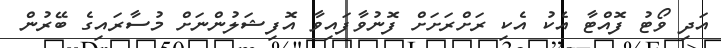
އަދި ވޯޓު ފޮއްޓާ އެކު އެކި ރަށްރަށަށް ފޮނުވާފައިވާ އޮފިޝަލުންނަށް މުސާރައިގެ ބޭރުން